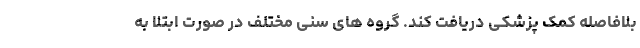
بلافاصله کمک پزشکی دریافت کند. گروه های سنی مختلف در صورت ابتلا به